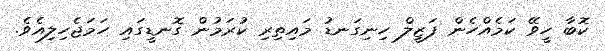
ކޮބާ ހީވޭ ކަމެއްހެން ފަޒީލް ހިނިގަނޑު މައިތިރި ކުރަމުން ގޮނޑީގައި ހަމަޖެހިލިއެވެ.